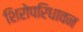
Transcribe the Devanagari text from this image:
शिरोपरिधावन